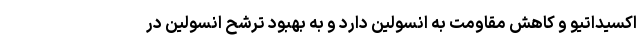
اکسیداتیو و کاهش مقاومت به انسولین دارد و به بهبود ترشح انسولین در